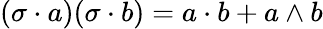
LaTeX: (\sigma\cdot a)(\sigma\cdot b)=a\cdot b+a\wedge b